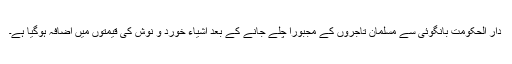
دار الحکومت بانگوئی سے مسلمان تاجروں کے مجبوراّ چلے جانے کے بعد اشیاء خورد و نوش کی قیمتوں میں اضافہ ہوگیا ہے۔